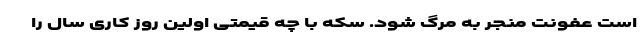
است عفونت منجر به مرگ ‌شود. سکه با چه قیمتی اولین روز کاری سال را